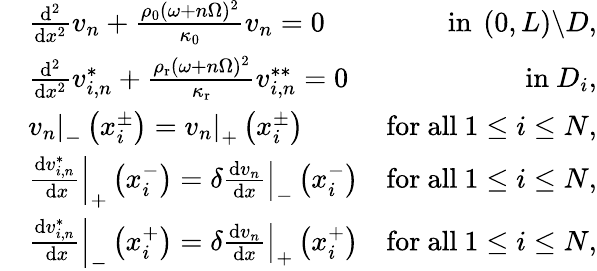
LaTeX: \begin{array}{rlr}&{\frac{\mathrm{d}^{2}}{\mathrm{d}x^{2}}v_{n}+\frac{\rho_{0}(\omega+n\Omega)^{2}}{\kappa_{0}}v_{n}=0}&{\mathrm{~in~}\left(0,L\right)\backslash D,}\\ &{\frac{\mathrm{d}^{2}}{\mathrm{d}x^{2}}v_{i,n}^{*}+\frac{\rho_{\mathrm{r}}(\omega+n\Omega)^{2}}{\kappa_{\mathrm{r}}}v_{i,n}^{**}=0}&{\mathrm{in~}D_{i},}\\ &{\left.v_{n}\right|_{-}\left(x_{i}^{\pm}\right)=\left.v_{n}\right|_{+}\left(x_{i}^{\pm}\right)}&{\mathrm{for~all~}1\leq i\leq N,}\\ &{\left.\frac{\mathrm{d}v_{i,n}^{*}}{\mathrm{~d}x}\right|_{+}\left(x_{i}^{-}\right)=\left.\delta\frac{\mathrm{d}v_{n}}{\mathrm{d}x}\right|_{-}\left(x_{i}^{-}\right)}&{\mathrm{for~all~}1\leq i\leq N,}\\ &{\left.\frac{\mathrm{d}v_{i,n}^{*}}{\mathrm{~d}x}\right|_{-}\left(x_{i}^{+}\right)=\left.\delta\frac{\mathrm{d}v_{n}}{\mathrm{d}x}\right|_{+}\left(x_{i}^{+}\right)}&{\mathrm{for~all~}1\leq i\leq N,}\end{array}